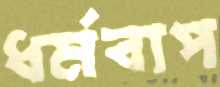
ধর্মবাপ